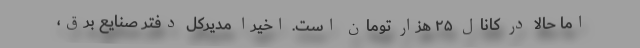
اما حالا در کانال ۲۵ هزار تومان است. اخیرا مدیرکل دفتر صنایع برق،